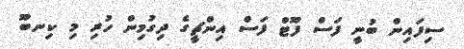
ސިފައިން ބުނީ ފަސް ފޫޓް ފަސް އިންޗީގެ ދިގުމިން ހުރި މި ކިނބޫ